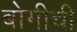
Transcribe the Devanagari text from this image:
बोगीची